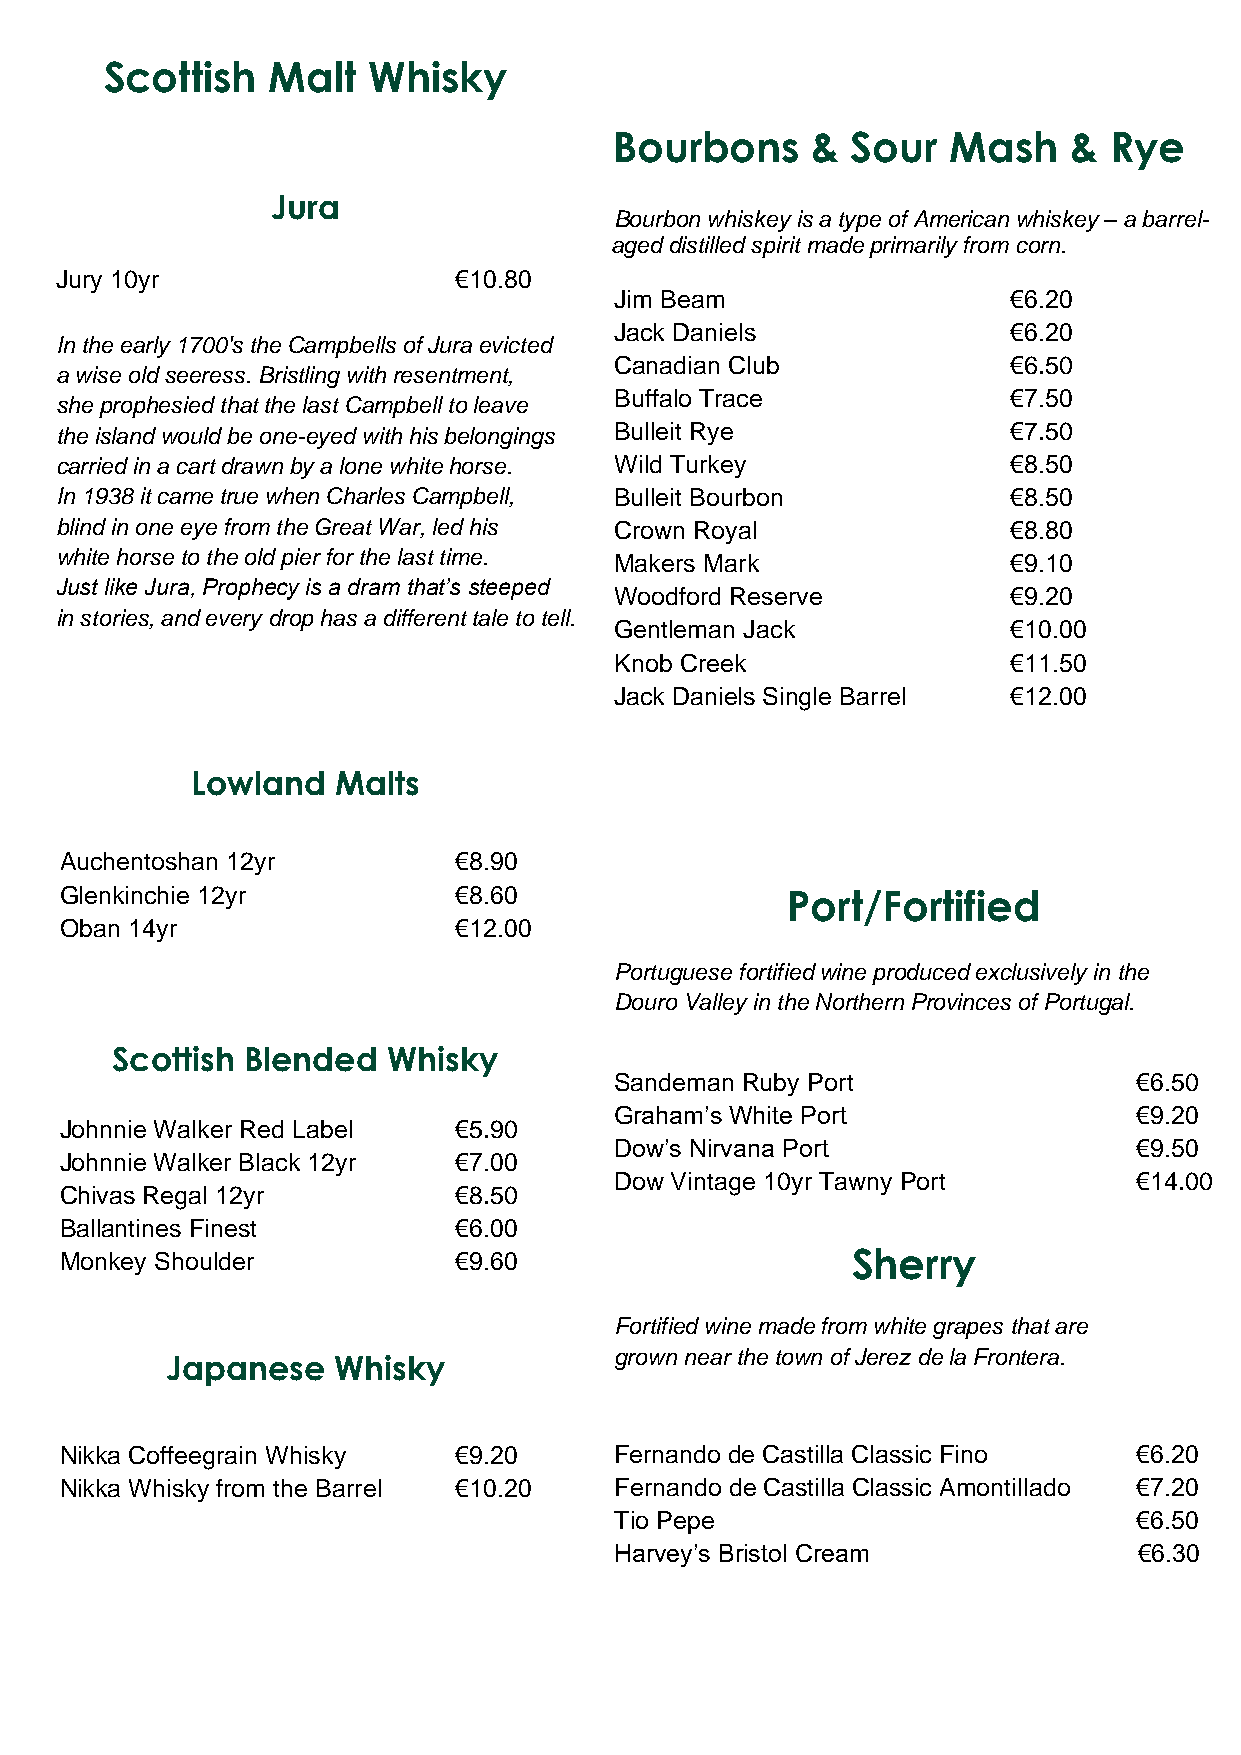
Scottish   Malt  Whisky
 Bourbons     & Sour   Mash    & Rye
 Jura
 Bourbon whiskey is a type of American whiskey – a barrel-
 aged distilled spirit made primarily from corn.
 Jury 10yr                 €10.80
 Jim Beam                  €6.20
 Jack Daniels              €6.20
 In the early 1700's the Campbells of Jura evicted
 Canadian Club             €6.50
 a wise old seeress. Bris tling with resentment,
 Buffalo Trace             €7.50
 she prophesied that the last Campbell to leave
 the island would be one-eyed with his belongings Bulleit Rye   €7.50
 carried in a cart drawn by a lone white horse. Wild Turkey     €8.50
 In 1938 it came true when Charles Campbell, Bulleit Bourbon    €8.50
 blind in one eye from the Great War, led his Crown Royal       €8.80
 white horse to the old pier for the last time. Makers Mark     €9.10
 Just like Jura, Prophecy is a dram that’s steeped
 Woodford Reserve          €9.20
 in stories, and every drop has a different tale to tell.
 Gentleman Jack            €10.00
 Knob Creek                €11.50
 Jack Daniels Single Barrel €12.00
 Lowland  Malts
 Auchentoshan 12yr         €8.90
 Glenkinchie 12yr          €8.60                 Port/Fortified
 Oban 14yr                 €12.00
 Portuguese fortified wine produced exclusively in the
 Douro Valley in the Northern Provinces of Portugal.
 Scottish Blended   Whisky
 Sandeman Ruby Port                €6.50
 Graham’s White Port               €9.20
 Johnnie Walker Red Label  €5.90
 Dow’s Nirvana Port                €9.50
 Johnnie Walker Black 12yr €7.00
 Dow Vintage 10yr Tawny Port       €14.00
 Chivas Regal 12yr         €8.50
 Ballantines Finest        €6.00
 Monkey Shoulder           €9.60                     Sherry
 Fortified wine made from white grapes that are
 grown near the town of Jerez de la Frontera.
 Japanese   Whisky
 Nikka Coffeegrain Whisky  €9.20      Fernando de Castilla Classic Fino €6.20
 Nikka Whisky from the Barrel €10.20  Fernando de Castilla Classic Amontillado €7.20
 Tio Pepe                          €6.50
 Harvey’s Bristol Cream            €6.30